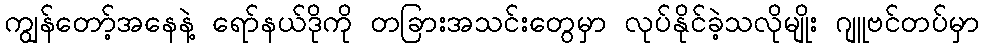
ကျွန်တော့်အနေနဲ့ ရော်နယ်ဒိုကို တခြားအသင်းတွေမှာ လုပ်နိုင်ခဲ့သလိုမျိုး ဂျူဗင်တပ်မှာ